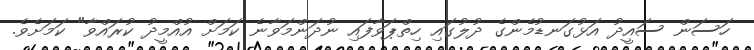
ހަސަން ސައީދު އަޅުގަނޑުމެންގެ ދުލުގައި ހިތްޕަވާފައި ނުދަންމަވާނެ ކަމަށް އުއްމީދު ކުރައްވާ" ކަމަށެވެ.